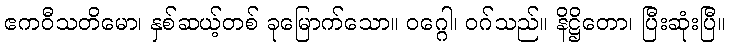
ဧကဝီသတိမော၊ နှစ်ဆယ့်တစ် ခုမြောက်သော။ ဝဂ္ဂေါ၊ ဝဂ်သည်။ နိဋ္ဌိတော၊ ပြီးဆုံးပြီ။